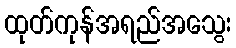
ထုတ်ကုန်အရည်အသွေး